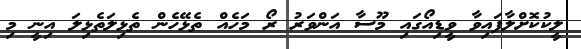
ލީކުކޮށްލާފައިވާ ވީޑިއޯގައި މޫސާ އަންވަރު ރޯ މަހެއް ތެޅޭހެން ތެޅިލަތެޅިލަ އިނީ މި